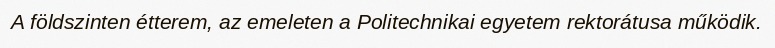
A földszinten étterem, az emeleten a Politechnikai egyetem rektorátusa működik.